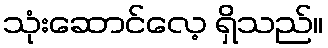
သုံးဆောင်လေ့ ရှိသည်။